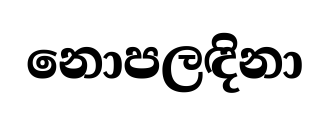
නොපලඳිනා